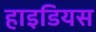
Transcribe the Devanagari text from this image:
हाइडियस